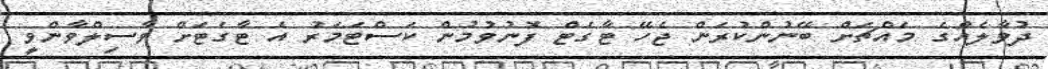
ދުވާލެއްގެ މައްޗަށް ބޭނުންކުރަން ޖެހޭ ޓާގެޓް ފޮނުވުމުން ކަސްޓަމަރު އެ ޓާގެޓަށް ވާސިލްވާންވީ